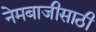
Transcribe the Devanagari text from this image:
नेमबाजीसाठी